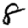
Digit: 8